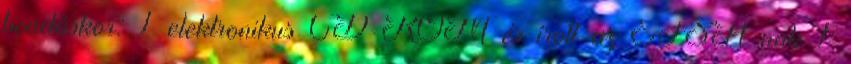
beadáskor: 1 elektronikus CD-ROM és írott az EFSA-nak 1